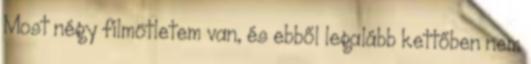
Most négy filmötletem van, és ebből legalább kettőben nem